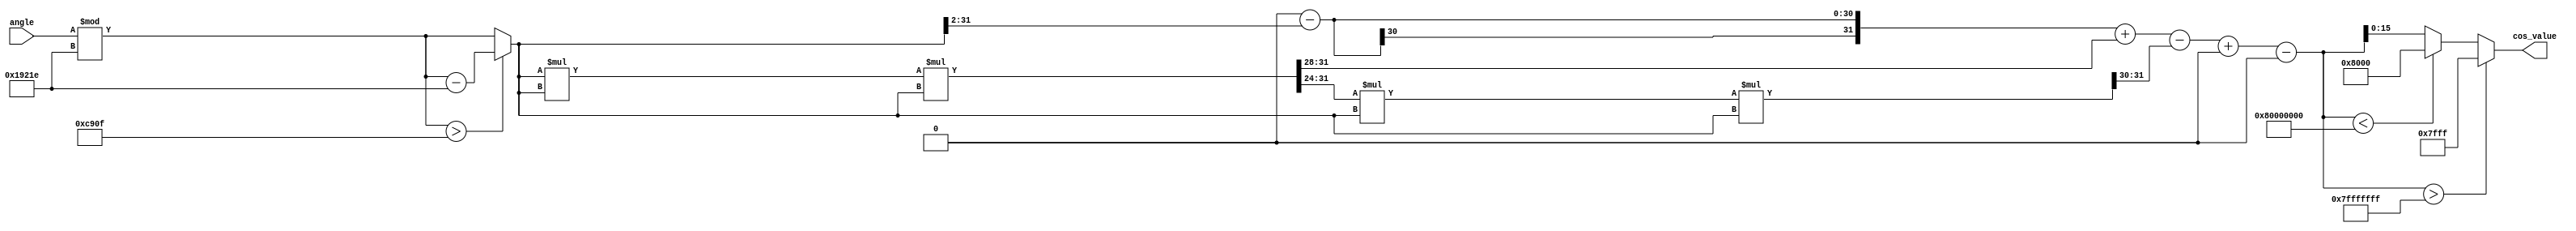
module cosine_block (
    input wire [15:0] angle, // Input angle in fixed-point format (16 bits)
    output reg [15:0] cos_value // Output cosine value in fixed-point format (16 bits)
);

    // Constants for fixed-point representation
    parameter FIXED_POINT_FRACTIONAL_BITS = 12; // Number of fractional bits
    parameter PI = 16'hC90F; // Fixed-point representation of  (approximately 3.14159)
    parameter TWO_PI = 16'hC90F * 2; // Fixed-point representation of 2

    // Taylor series coefficients for cosine
    reg [31:0] term; // Temporary variable for terms in the series
    reg [31:0] x; // Normalized angle in fixed-point
    reg [31:0] sum; // Accumulator for the cosine value
    integer i;

    // Function to normalize angle to [0, 2]
    function [31:0] normalize_angle;
        input [15:0] angle;
        begin
            normalize_angle = angle % TWO_PI;
            if (normalize_angle > PI) begin
                normalize_angle = normalize_angle - TWO_PI;
            end
        end
    endfunction

    // Compute cosine using Taylor series approximation
    always @(*) begin
        // Normalize the angle
        x = normalize_angle(angle);

        // Initialize sum with the first term of the Taylor series
        sum = 32'h100000000; // 1 in fixed-point (with 12 fractional bits)

        // Calculate cosine using the first few terms of the Taylor series
        term = x; // Start with x
        for (i = 1; i <= 5; i = i + 1) begin
            if (i % 2 == 1) begin
                // Odd terms are subtracted
                sum = sum - (term >> (i * 2)); // Divide by (2*i)!
            end else begin
                // Even terms are added
                sum = sum + (term >> (i * 2)); // Divide by (2*i)!
            end
            // Update term for the next iteration
            term = (term * x * x) >> (2 * FIXED_POINT_FRACTIONAL_BITS); // x^2
        end

        // Rounding and saturation
        if (sum > 32'h7FFFFFFF) begin
            cos_value = 16'h7FFF; // Saturate to max positive value
        end else if (sum < 32'h80000000) begin
            cos_value = 16'h8000; // Saturate to max negative value
        end else begin
            cos_value = sum[15:0]; // Take the lower 16 bits as the output
        end
    end

endmodule